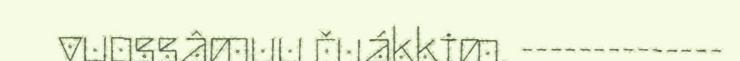
vuossâmuu čuákkim. --------------